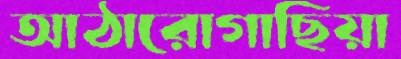
আঠারোগাছিয়া